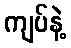
ကျပ်နဲ့